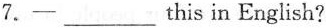
7.一___this in English?